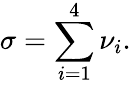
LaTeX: \sigma=\sum_{i=1}^{4}\nu_{i}.